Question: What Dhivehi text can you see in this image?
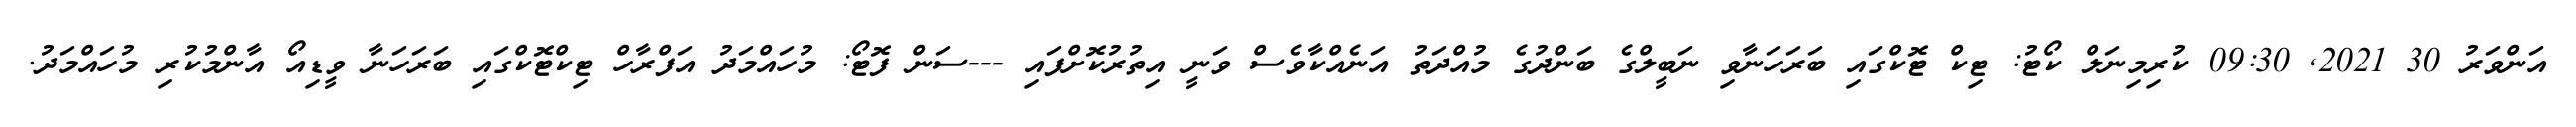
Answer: އަންވަރު 30 2021, 09:30 ކުރިމިނަލް ކޯޓު: ޓިކް ޓޮކްގައި ބަރަހަނާވި ނަބީލްގެ ބަންދުގެ މުއްދަތު އަނެއްކާވެސް ވަނީ އިތުރުކޮށްފައި ---ސަން ފޮޓޯ: މުހައްމަދު އަފްރާހް ޓިކްޓޮކްގައި ބަރަހަނާ ވީޑިއޯ އާންމުކުރި މުހައްމަދު.